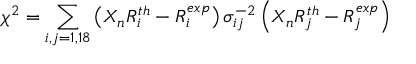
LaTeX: \chi ^ { 2 } = \sum _ { i , j = 1 , 1 8 } \left( X _ { n } R _ { i } ^ { t h } - R _ { i } ^ { e x p } \right) \sigma _ { i j } ^ { - 2 } \left( X _ { n } R _ { j } ^ { t h } - R _ { j } ^ { e x p } \right)